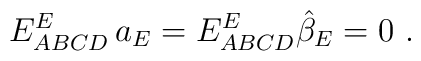
E^E_{ABCD}\,a_E= E^E_{ABCD}\hat\beta_E=0\ .